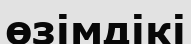
өзімдікі